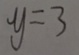
y = 3